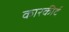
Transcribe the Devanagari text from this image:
कारकीर्द